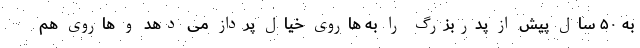
به ۵۰ سال پیش از پدربزرگ را به هارویِ خیال پرداز می دهد و هاروی هم